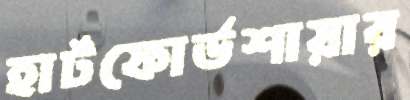
হার্টফোর্ডশায়ার